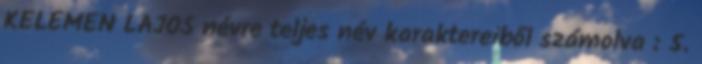
KELEMEN LAJOS névre teljes név karaktereiből számolva : 5.